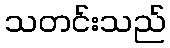
သတင်းသည်